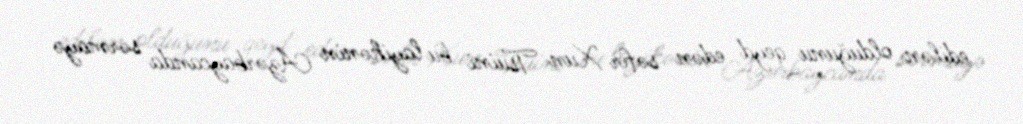
edilən olduğunu qeyd edən səfir Xun Tsuini bu layihənin Azərbaycanda sərmayə